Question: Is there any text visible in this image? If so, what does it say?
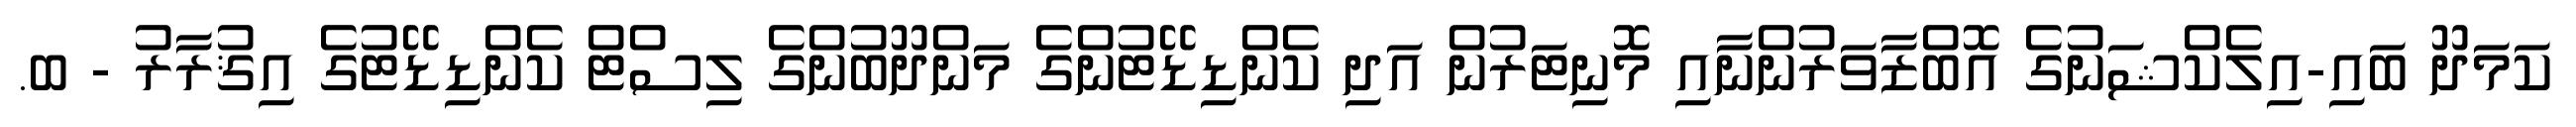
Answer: ކަމަދޫ ބައި-އިލެކްޝަނުގެ އޮބްޒާވަރުންނާއި މޮނިޓަރުން އަދި ކެންޑިޑޭޓުންގެ މަންދޫބުންގެ ލިސްޓް ކެންޑިޑޭޓުގެ އިޤުރާރު - ބ.